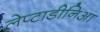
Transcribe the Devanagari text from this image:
लेप्टाडीनिआ